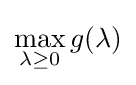
\max _{\lambda \geq 0}g(\lambda )